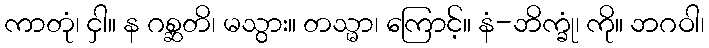
ကာတုံ၊ ငှါ။ န ဂစ္ဆတိ၊ မသွား။ တသ္မာ၊ ကြောင့်။ နံ-ဘိက္ခုံ၊ ကို။ ဘဂဝါ၊